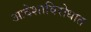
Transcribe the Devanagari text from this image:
आदेशाविरोधात